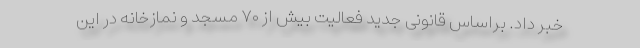
خبر داد. براساس قانونی جدید فعالیت بیش از ۷۰ مسجد و نمازخانه در این